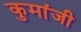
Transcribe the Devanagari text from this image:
कुमांजी